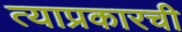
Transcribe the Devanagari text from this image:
त्याप्रकारची